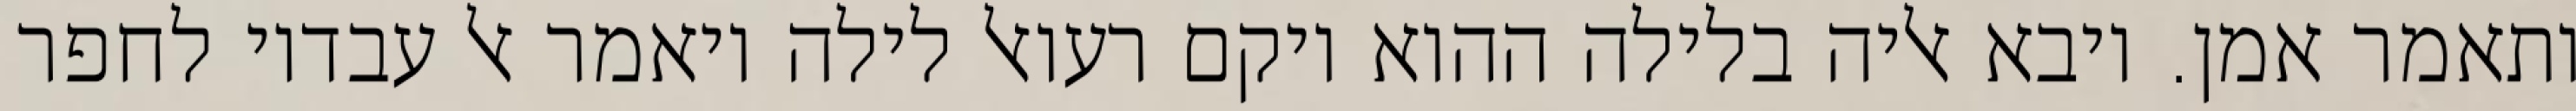
ותאמר אמן. ויבא אליה בלילה ההוא ויקם רעואל לילה ויאמר אל עבדיו לחפר